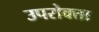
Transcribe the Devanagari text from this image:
उपरोक्ता